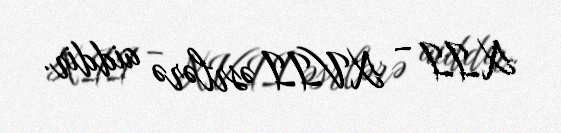
XII – XVII əsrlərə aiddir.